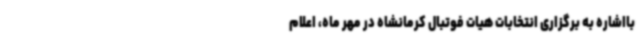
بااشاره به برگزاری انتخابات هیات فوتبال کرمانشاه در مهر ماه، اعلام